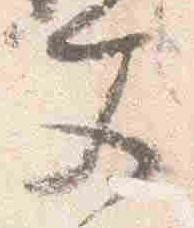
文